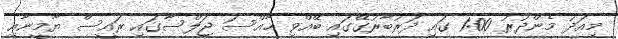
މިއަދު މެންދުރު 1:00 ގައި ދަރުބާރުގޭގައި ބޭއްވި ޚާއްސަ ޖަލްސާގައި ރައީސް ޔާމީނާއި